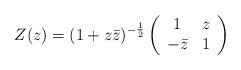
LaTeX: \begin{align*}Z(z) = (1+z \bar{z})^{-\frac{1}{2}} \left(\begin{array}{cc}1 & z \\-\bar{z} & 1\end{array}\right)\end{align*}